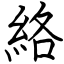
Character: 絡